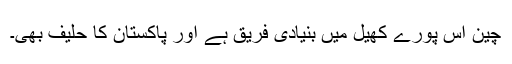
چین اس پورے کھیل میں بنیادی فریق ہے اور پاکستان کا حلیف بھی۔